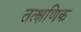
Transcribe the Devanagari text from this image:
तत्क्षणिक